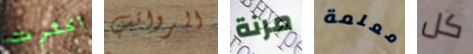
أكثرت الرواتب مرنة معلمة كل